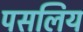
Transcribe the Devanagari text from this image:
पसलिय